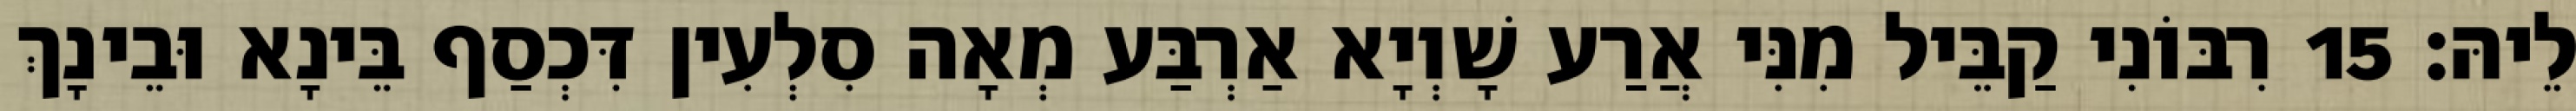
לֵיהּ׃ 15 רִבּוֹנִי קַבֵּיל מִנִּי אֲרַע שָׁוְיָא אַרְבַּע מְאָה סִלְעִין דִּכְסַף בֵּינָא וּבֵינָךְ